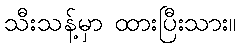
သီးသန့်မှာ ထားပြီးသား။